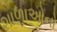
શાળાઓનો